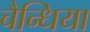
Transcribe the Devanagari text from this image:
चैन्धिया